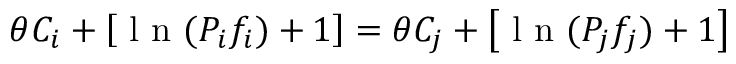
\theta C _ { i } + \left[ \mathrm { ~ l ~ n ~ } ( P _ { i } f _ { i } ) + 1 \right] = \theta C _ { j } + \left[ \mathrm { ~ l ~ n ~ } ( P _ { j } f _ { j } ) + 1 \right]